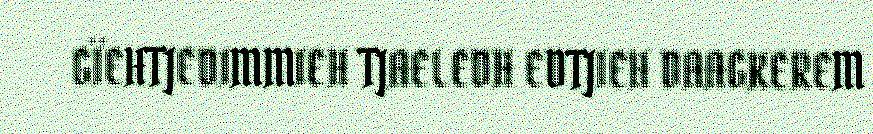
GÏEHTJEDIMMIEH TJAELEDH EDTJIEH DAAGKEREM